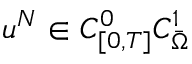
u ^ { N } \in C _ { [ 0 , T ] } ^ { 0 } C _ { \Bar { \Omega } } ^ { 1 }